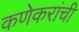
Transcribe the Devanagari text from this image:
कणेकरांची